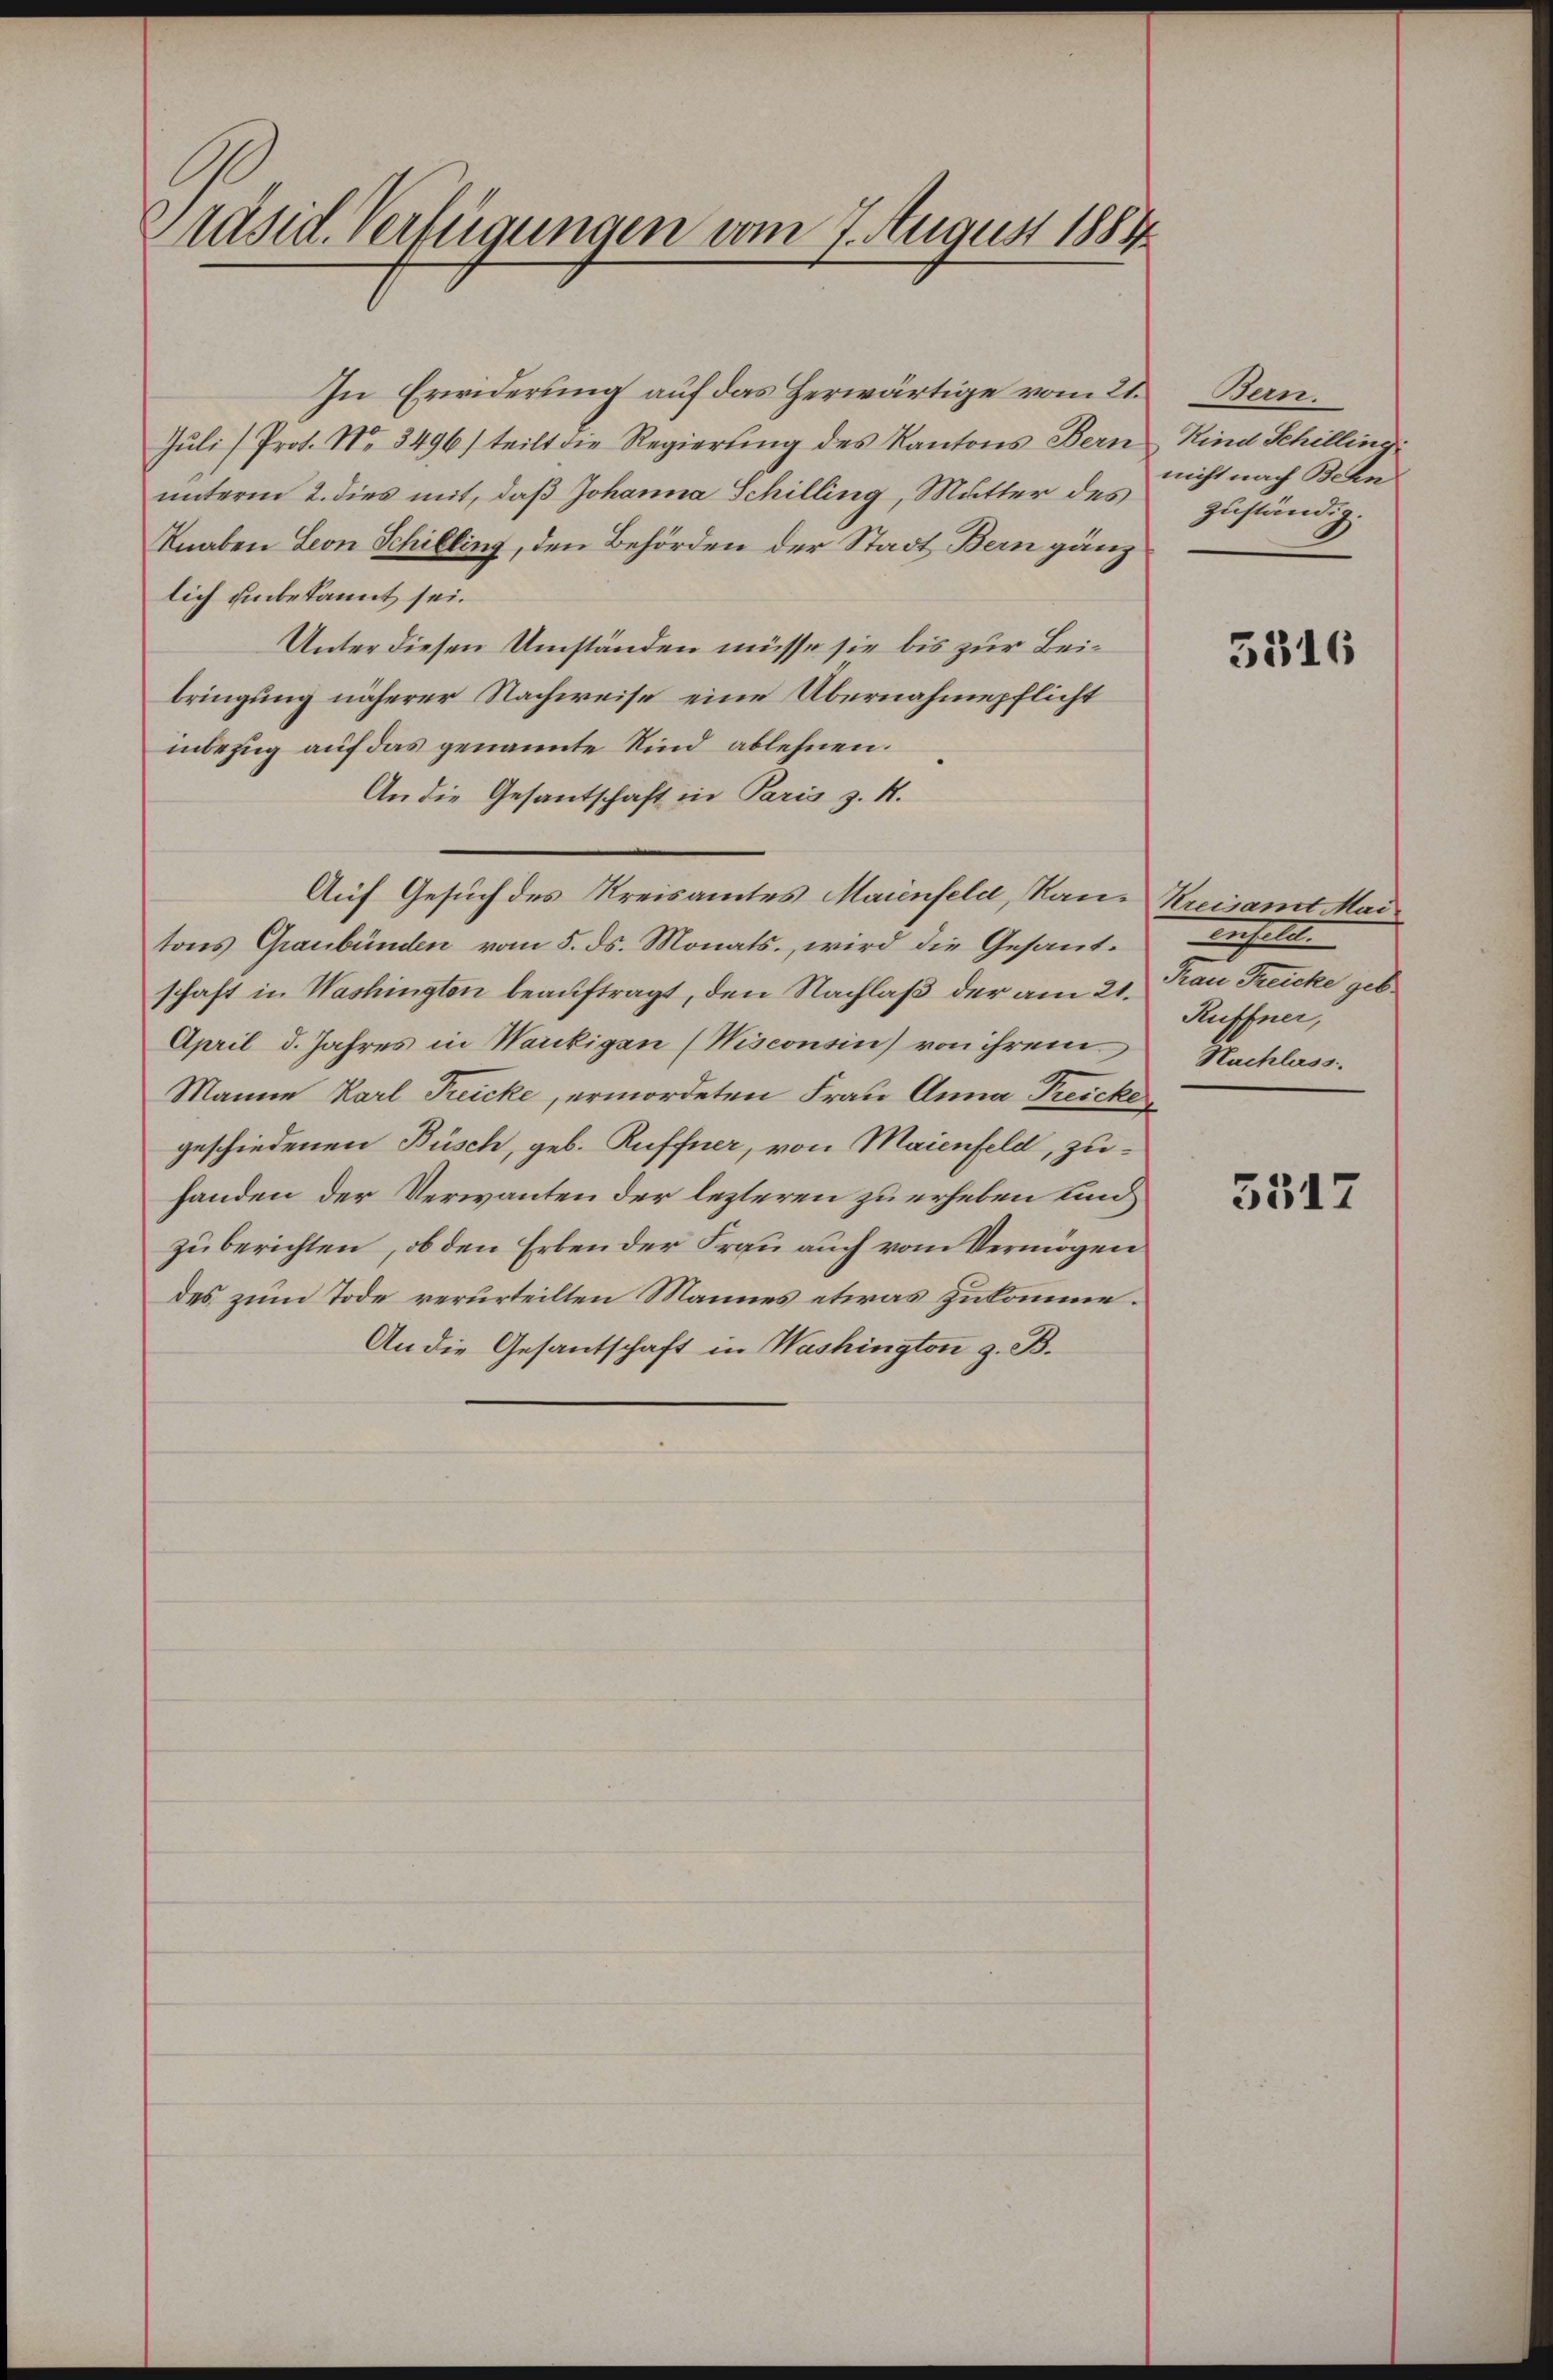
Präsid. Verfügungen vom 7. August 1884

In Erwiderung auf das herwärtige vom 21. Bern.
Juli/Prot. No. 3496) teilt die Regierung des Kantons Bern
unterm 2. dies mit, daß Johanna Schilling, Mutter des
Knaben Leon Schilling, den Behörden der Stadt Bern gänz
lich unbekannt sei.
Unter diesen Umständen müsse sie bis zur Beibringung näherer Nachweise eine Übernahmepflicht
inbezug auf das genannte Kind ablehnen.
An die Gesantschaft in Paris z. K.
Auf Gesuch des Kreisamtes Maienfeld, Rans Kreisamt Mai
tons Graubünden vom 5. ds. Monats, wird die Gesandschaft in Washingten beauftragt, den Nachlaß der am 21. Kan Recke geb
April d. Jahres in Wackigen (Wisconsin) von ihrem
Manne Karl Preicke, ermordeten Frau Anna Treicke
geschiedenen Büsch, geb. Ruffner, von Maienfeld, zuhanden der Verwanten der lezteren zu erheben Lan
zuberichten, ob den Erben der Frau auch vom Vermögen
des zum Tode verurteilten Mannes etwas zukomme.
An die Gesantschaft in Washington z. B.

Kind Schilling.
nicht nach Behn
zuständig.

3316

weste
Ruffner,
Nachlass.

5517